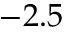
- 2 . 5